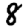
Digit: 8